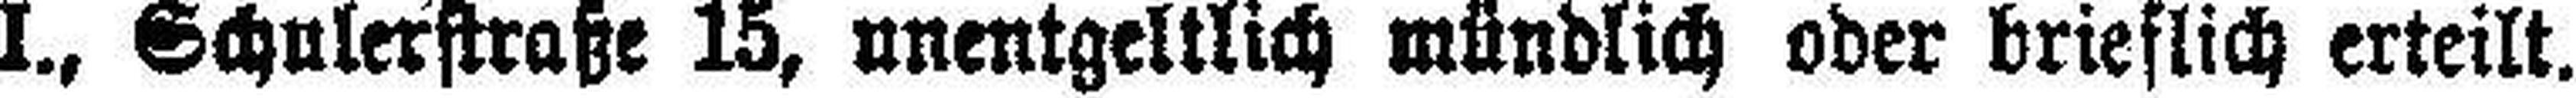
I., Schulerstraße 15, unentgeltlich mündlich oder brieflich erteilt.